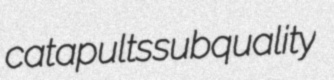
catapults subquality